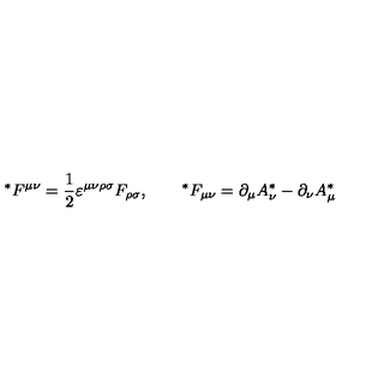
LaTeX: { } ^ { * } F ^ { \mu \nu } = \frac 1 2 \varepsilon ^ { \mu \nu \rho \sigma } F _ { \rho \sigma } , \qquad { } ^ { * } F _ { \mu \nu } = \partial _ { \mu } A _ { \nu } ^ { * } - \partial _ { \nu } A _ { \mu } ^ { * }